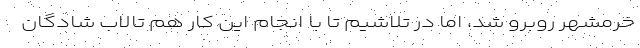
خرمشهر روبرو شد، اما در تلاشیم تا با انجام این کار هم تالاب شادگان